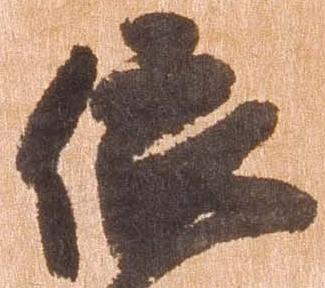
依